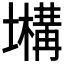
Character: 𡒫